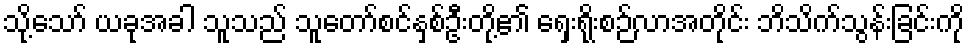
သို့သော် ယခုအခါ သူသည် သူတော်စင်နှစ်ဦးတို့၏ ရှေးရိုးစဉ်လာအတိုင်း ဘိသိက်သွန်းခြင်းကို